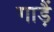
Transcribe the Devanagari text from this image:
गाड़ैं